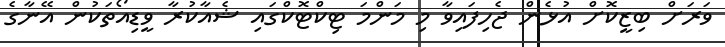
ވަރަށް ބިޒީކޮށް އުޅެން ޖެހިފައިވާ މި މަންމަ ޓިކްޓޮކްގައި ޝެއާކުރާ ވީޑިއޯތަކުން އޭނާގެ